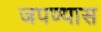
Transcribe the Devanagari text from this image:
जपण्यास